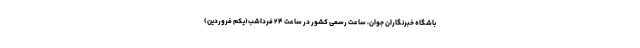
باشگاه خبرنگاران جوان، ساعت رسمی کشور در ساعت ۲۴ فرداشب(یکم فروردین)